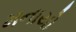
મનાયો